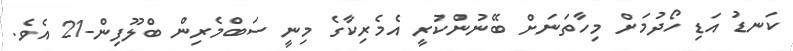
ކަނޑު އަޑި ހޯދުމަށް މިހާތަނަށް ބޭނުންކުރީ އެމެރިކާގެ މިނީ ސަބްމެރިން ބްލޫފިން-21 އެވެ.